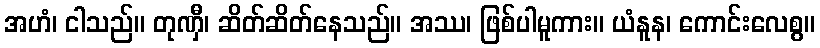
အဟံ၊ ငါသည်။ တုဏှီ၊ ဆိတ်ဆိတ်နေသည်။ အဿ၊ ဖြစ်ပါမူကား။ ယံနူန၊ ကောင်းလေစွ။